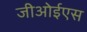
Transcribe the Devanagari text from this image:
जीओईएस